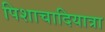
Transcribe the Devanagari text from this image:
पिशाचादियात्रा